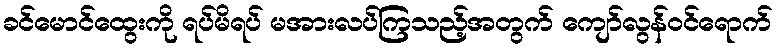
ခင်မောင်ထွေးကို ရပ်မိရပ် မအားလပ်ကြသည့်အတွက် ကျော်လွန်ဝင်ရောက်